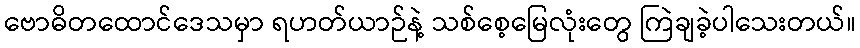
ဗောဓိတထောင်ဒေသမှာ ရဟတ်ယာဉ်နဲ့ သစ်စေ့မြေလုံးတွေ ကြဲချခဲ့ပါသေးတယ်။